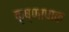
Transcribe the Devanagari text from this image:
कृष्णापाक